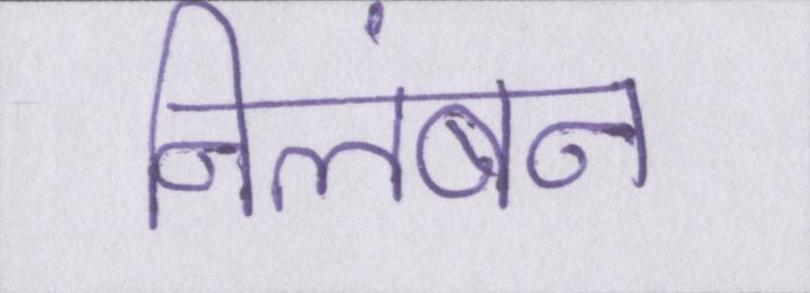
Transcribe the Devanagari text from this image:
निलंबन